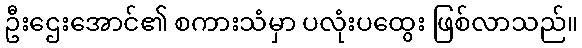
ဦးဌေးအောင်၏ စကားသံမှာ ပလုံးပထွေး ဖြစ်လာသည်။